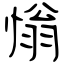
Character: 慃